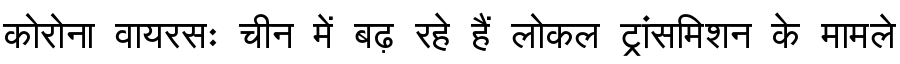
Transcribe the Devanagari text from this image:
कोरोना वायरसः चीन में बढ़ रहे हैं लोकल ट्रांसमिशन के मामले